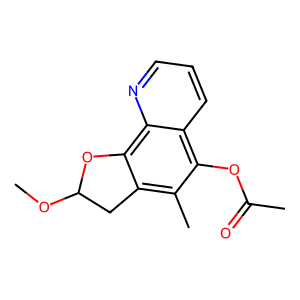
SMILES: COC1Cc2c(C)c(OC(C)=O)c3cccnc3c2O1
Inhibits HIV replication: No